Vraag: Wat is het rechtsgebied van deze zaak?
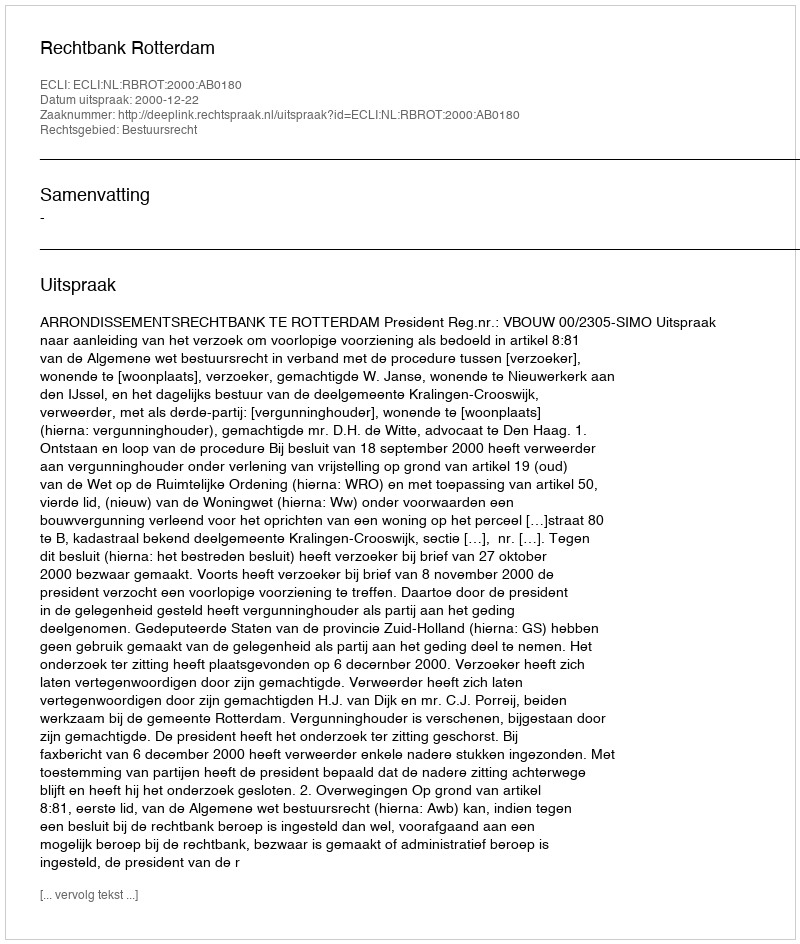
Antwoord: Bestuursrecht